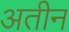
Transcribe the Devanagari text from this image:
अतीन